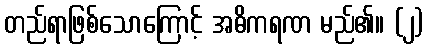
တည်ရာဖြစ်သောကြောင့် အဓိကရဏ မည်၏။ (၂)